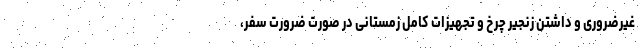
غیرضروری و داشتن زنجیر چرخ و تجهیزات کامل زمستانی در صورت ضرورت سفر،